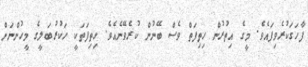
ފާހަގަކުރެވިފައެވެ. މީގެ އިތުރުން ހިތިފަތް ވެސް ބޭނުން ކުރެވޭނެއެވެ. ހިތިފަތަކީ ހަކުރުބަލީގެ މީހުންނަށް